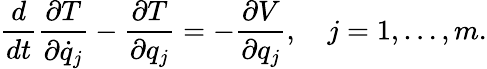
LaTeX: {\frac{d}{dt}}{\frac{\partial T}{\partial{\dot{q}}_{j}}}-{\frac{\partial T}{\partial q_{j}}}=-{\frac{\partial V}{\partial q_{j}}},\quad j=1,\ldots,m.